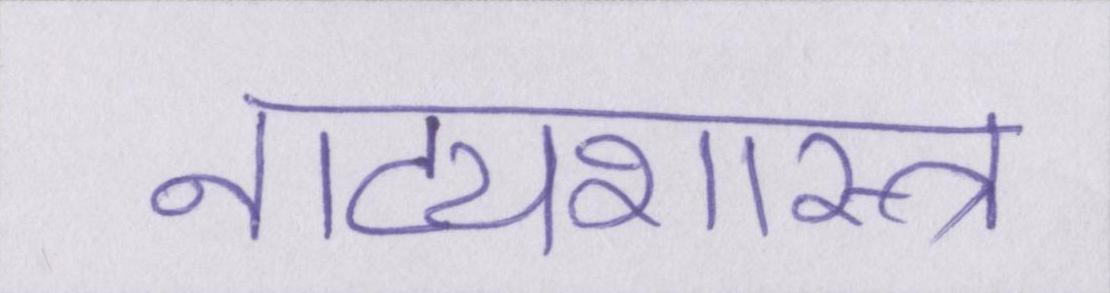
नाट्यशास्त्र